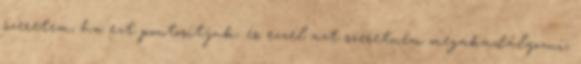
szeretem, ha ezt pontosítjuk, és ezzel azt szeretném megakadályozni,